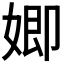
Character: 𮱍